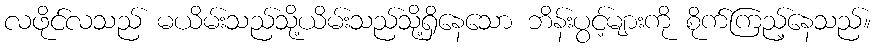
လဖိုင်လသည် မယိမ်းသည်သို့ယိမ်းသည်သို့ရှိနေသော ဘိန်းပွင့်များကို စိုက်ကြည့်နေသည်။